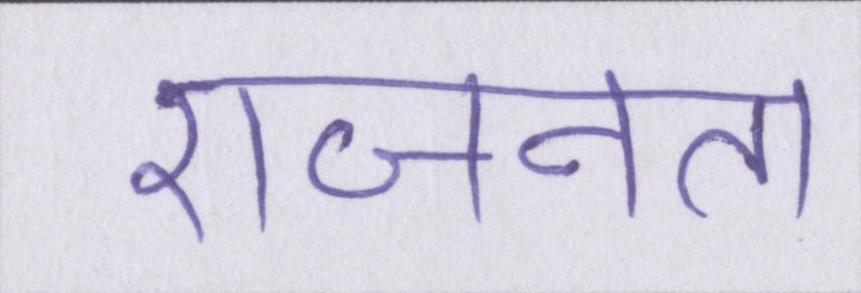
राजनेता